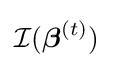
{\mathcal {I}}({\boldsymbol {\beta }}^{(t)})